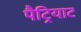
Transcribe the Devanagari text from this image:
पैट्रियाट